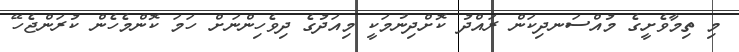
މި ތިމާވެށީގެ މުއްސަނދިކަން ރައްދު ކޮށްދިނުމަކީ މިއަދުގެ ދިވެހިންނަށް ހަމަ ކޮންމެހެން ކުރަންޖެހޭ